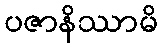
ပဇာနိဿာမိ